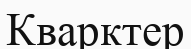
Кварктер